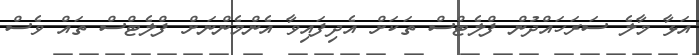
އަޅާ މާލެ ސަރަހައްދުން ފްލެޓްސް ތަކަށް އެދިފައިވާ އެންމެންނަށް ފްލެޓްސް ތައް ވެސް